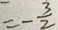
= - \frac { 3 } { 2 }